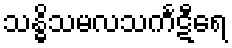
သန္ဓိသမလသင်္ကဋီရေ